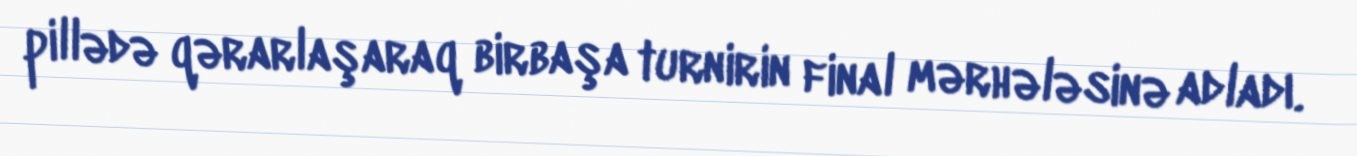
pillədə qərarlaşaraq birbaşa turnirin final mərhələsinə adladı.